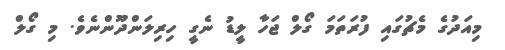
މިއަދުގެ މެޗުގައި ފުރަތަމަ ގޯލް ޖަހާ ލީޑު ނެގީ ހިރިލަންދޫންނެވެ. މި ގޯލް